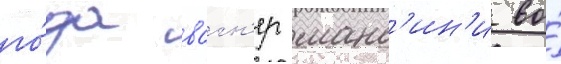
го́да вагн'ер манс'ин'и во́